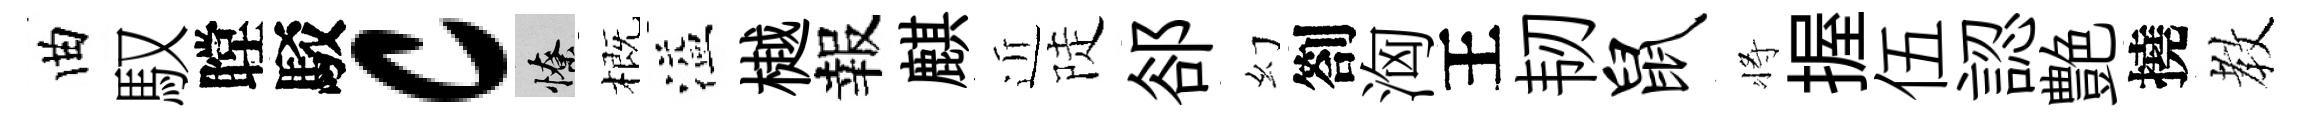
曲馭瞠駁c憭概溢樾報麒近陡郤幻劄洶王韧鼠将握伍認艶撓教